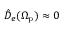
\hat { D } _ { e } ( \Omega _ { \mathrm { p } } ) \approx 0